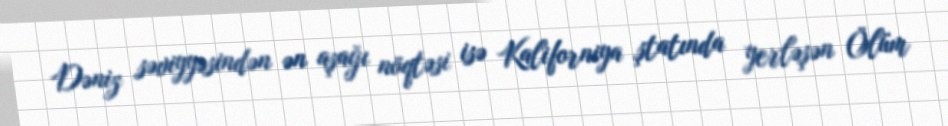
Dəniz səviyyəsindən ən aşağı nöqtəsi isə Kaliforniya ştatında yerləşən Ölüm